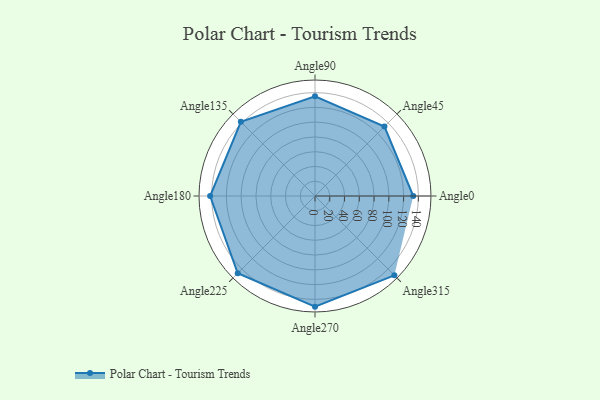
{"axis": {"x": "Angle", "y": "Radius"}, "legend": [""], "data": [{"x": "Angle0", "y": 133.0, "type": ""}, {"x": "Angle45", "y": 133.0, "type": ""}, {"x": "Angle90", "y": 135.0, "type": ""}, {"x": "Angle135", "y": 142.0, "type": ""}, {"x": "Angle180", "y": 142.0, "type": ""}, {"x": "Angle225", "y": 148.0, "type": ""}, {"x": "Angle270", "y": 150.0, "type": ""}, {"x": "Angle315", "y": 152.0, "type": ""}]}